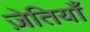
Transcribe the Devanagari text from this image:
ज़ेतियाँ